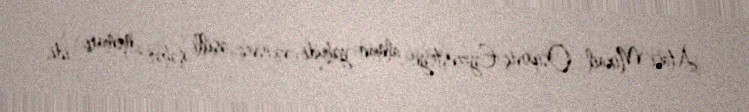
Atası Mixail Osipoviç Eyzenşteyn alman-yəhudi və isveç əsilli şəhər memarı idi,